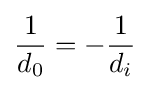
{\frac {1}{d_{0}}}=-{\frac {1}{d_{i}}}